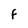
Character: F